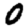
Digit: 0